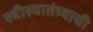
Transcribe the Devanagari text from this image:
स्त्रीस्वातंत्र्याची